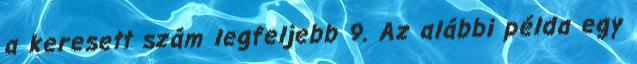
a keresett szám legfeljebb 9. Az alábbi példa egy